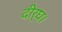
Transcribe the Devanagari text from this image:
दीर्घ।